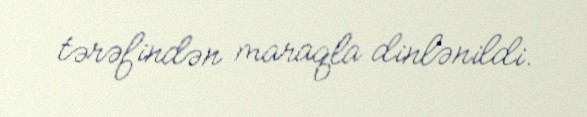
tərəfindən maraqla dinlənildi.